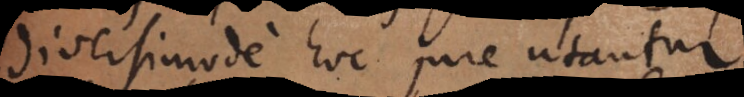
diversimode hoc jure utantur.